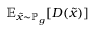
\mathbb { E } _ { { \tilde { x } } \sim \mathbb { P } _ { g } } [ D ( { \tilde { x } } ) ]